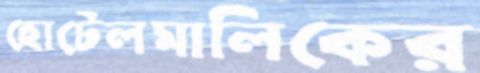
হোটেলমালিকের